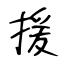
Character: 援